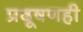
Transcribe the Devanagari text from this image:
प्रदूषणही